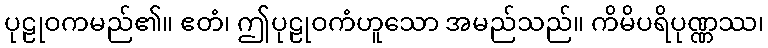
ပုဠုဝကမည်၏။ ဧတံ၊ ဤပုဠုဝကံဟူသော အမည်သည်။ ကိမိပရိပုဏ္ဏဿ၊